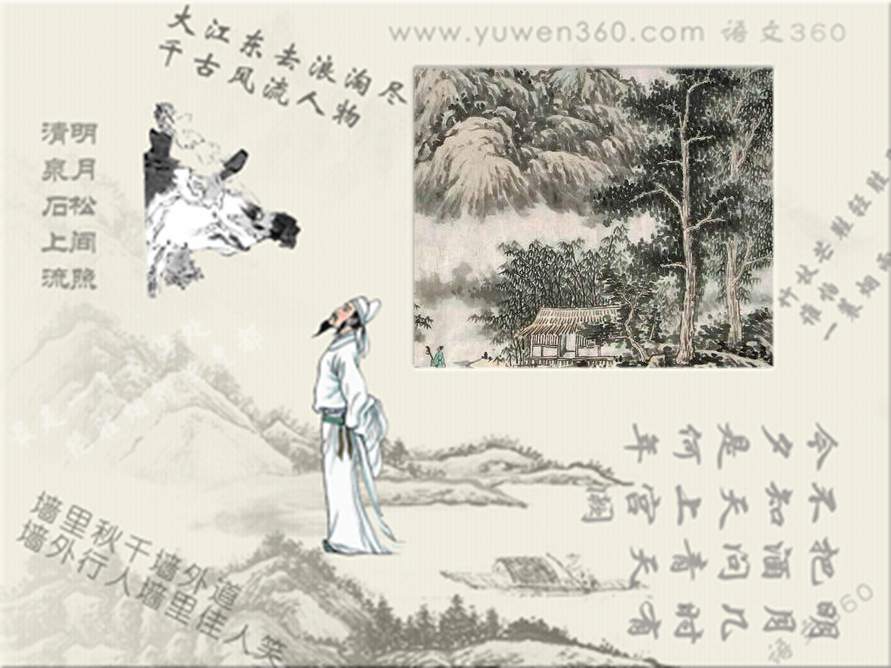
燕歌未断塞鸿飞，牧马群嘶边草绿。